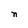
Character: n